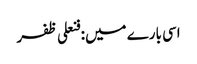
اسی بارے میں: فنعلی ظفر